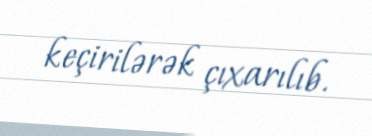
keçirilərək çıxarılıb.